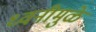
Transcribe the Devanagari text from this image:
ध्वनीमुळे